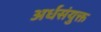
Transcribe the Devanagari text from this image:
अर्धसंयुक्त